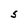
Character: S